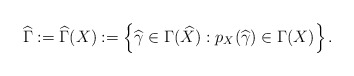
\begin{align*}\widehat{\Gamma }:=\widehat{\Gamma }(X):=\left\{ \widehat{\gamma }\in \Gamma(\widehat{X}):p_{X}(\widehat{\gamma })\in \Gamma (X)\right\} .\end{align*}